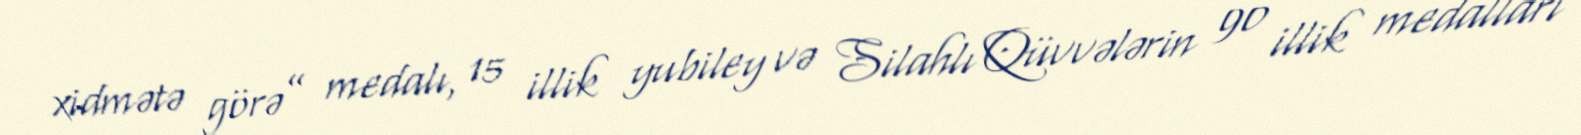
xidmətə görə” medalı, 15 illik yubiley və Silahlı Qüvvələrin 90 illik medalları